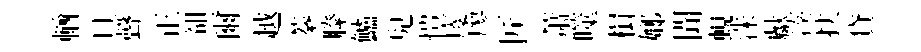
輶旦聲正𧮳爾越蓁縢鱸兒愷庱廖匠萧噬楫嫏聞蜆洙獻凑挟貸